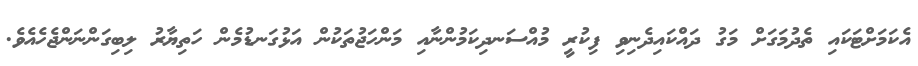
އެކަމަށްޓަކައި ތެދުމަގަށް މަގު ދައްކައިދެނިވި ފިކުރީ މުއްސަނދިކަމުންނާއި މަންހަޖުތަކުން އަޅުގަނޑުމެން ހަތިޔާރު ލިބިގަންނަންޖެހެއެވެ.